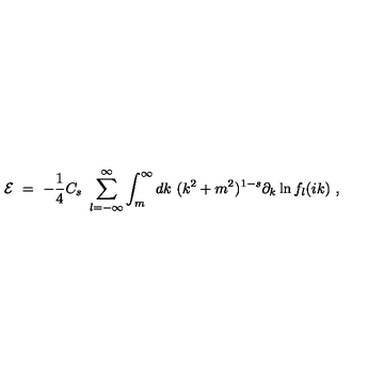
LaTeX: { \cal E } \ = \ - \frac 1 4 C _ { s } \ \sum _ { l = - \infty } ^ { \infty } \int _ { m } ^ { \infty } d k \ ( k ^ { 2 } + m ^ { 2 } ) ^ { 1 - s } \partial _ { k } \ln f _ { l } ( i k ) \ ,